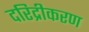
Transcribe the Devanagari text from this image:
दरिद्रीकरण